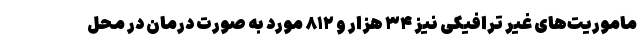
ماموریت‌های غیر ترافیکی نیز ۳۴ هزار و ۸۱۲ مورد به صورت درمان در محل